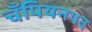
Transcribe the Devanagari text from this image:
चँपियनपद